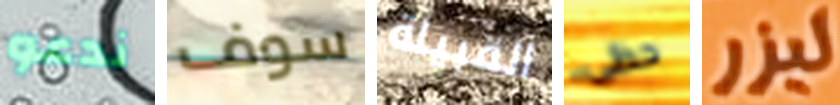
ندعو سوف القبيلة حظى ليزر